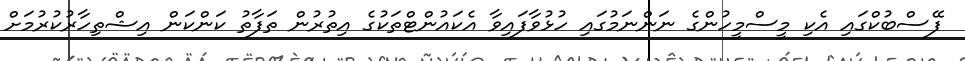
ފޭސްބުކްގައި އެކި މީސްމީހުންގެ ނަންނަމުގައި ހުޅުވާފައިވާ އެކައުންޓްތަކުގެ އިތުރުން ތަފާތު ކަންކަން އިޝްތިހާރުކުރުމަށް